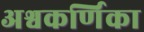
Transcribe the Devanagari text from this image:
अश्वकर्णिका